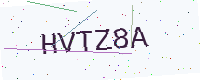
Text: HVTZ8A